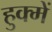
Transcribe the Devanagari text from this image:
हुक्में